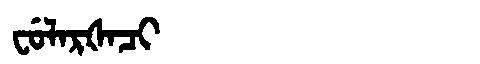
Manchu: ᠸᡠᠯᠠᡵᡧᠠᠴᡳ
Romanization: FULARŠACI